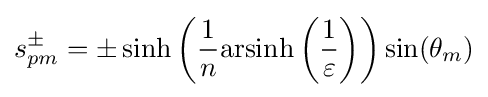
s_{pm}^{\pm }=\pm \sinh \left({\frac {1}{n}}\mathrm {arsinh} \left({\frac {1}{\varepsilon }}\right)\right)\sin(\theta _{m})